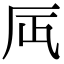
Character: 𠨷